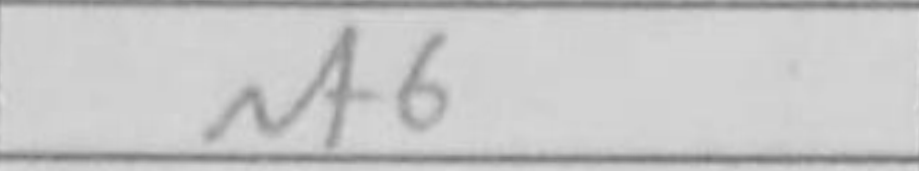
Transcription: Nf6